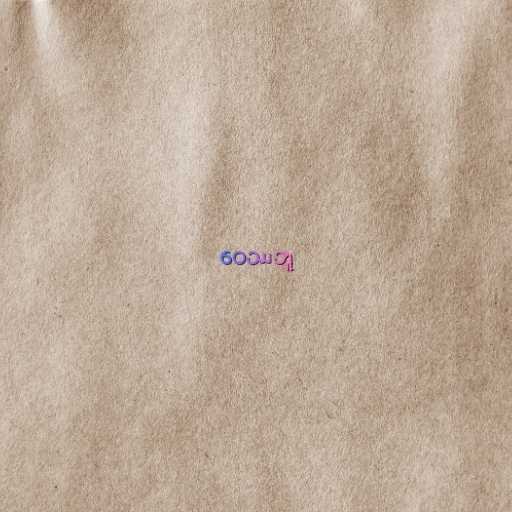
ဝေဿဘူ